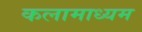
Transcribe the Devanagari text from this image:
कलामाध्यम